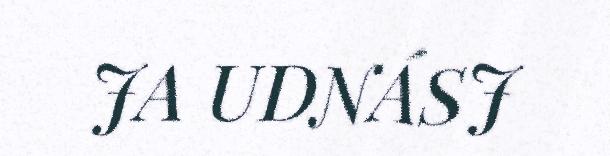
JA UDNÁSJ